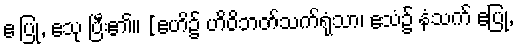
ဧ ပြု, ဧသု ပြီး၏။ [ဧဟိ၌ ဟိဝိဘတ်သက်ရုံသာ၊ ဧသံ၌ နံသက် ဧပြု,